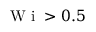
\mathrm { ~ W ~ i ~ } > 0 . 5